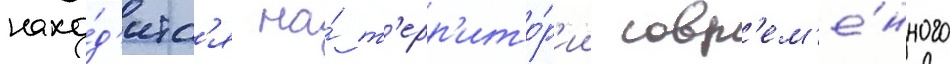
нахо́д'итс'я на́ т'ерр'ито́р'ии совр'ем'е́нного